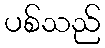
ပစ်သည်